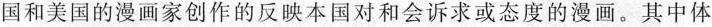
国和美国的漫画家创作的反映本国对和会诉求或态度的漫画。其中体